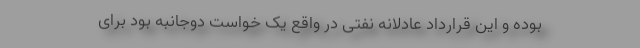
بوده و این قرارداد عادلانه نفتی در واقع یک خواست دوجانبه بود برای